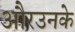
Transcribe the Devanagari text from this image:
औरउनके